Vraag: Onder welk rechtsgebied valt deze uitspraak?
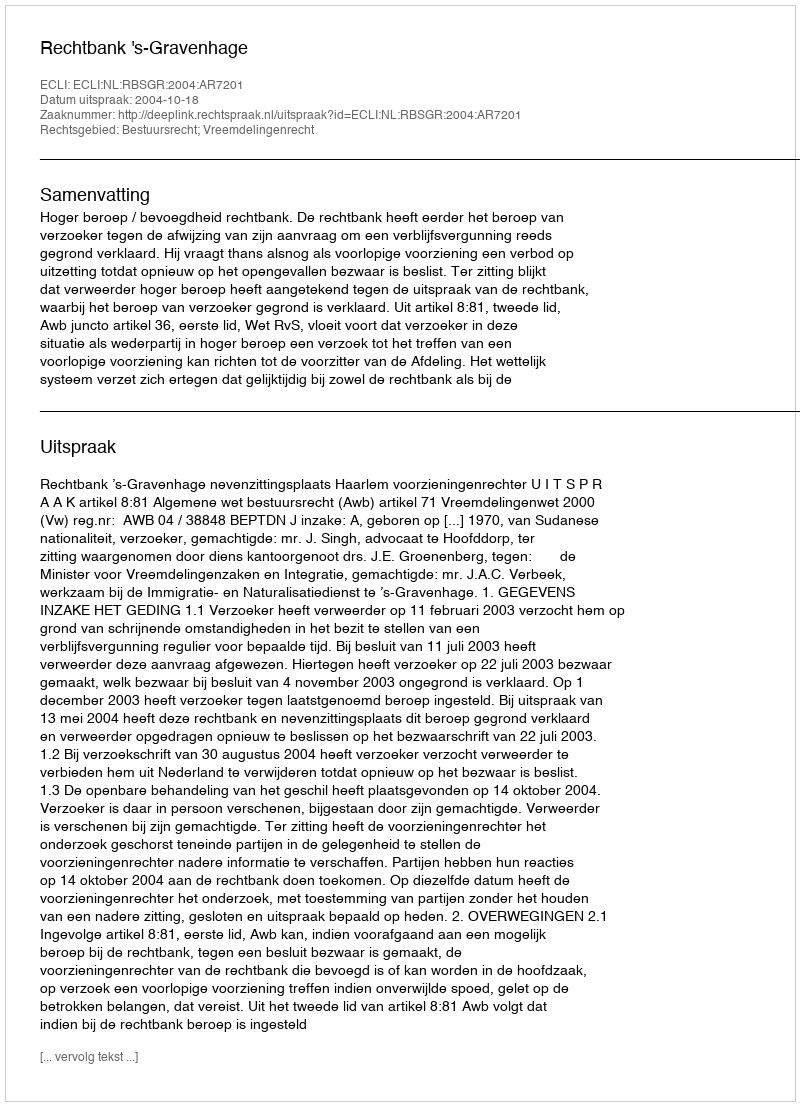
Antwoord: Bestuursrecht; Vreemdelingenrecht